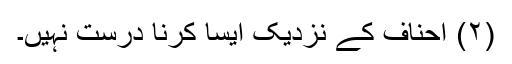
(۲) احناف کے نزدیک ایسا کرنا درست نہیں۔